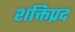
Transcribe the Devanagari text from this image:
शक्तिप्रद